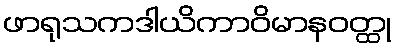
ဖာရုသကဒါယိကာဝိမာနဝတ္ထု